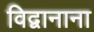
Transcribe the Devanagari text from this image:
विद्वानाना